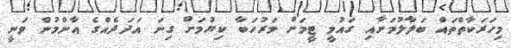
މިހަރަކާތްތައް ބަލާލުމަށާއި ގައުމީ ޓީމަށް މަރުހަބާ ކިޔުމަށް ގިނަ އަދަދެއްގެ އާންމުން ވަނީ